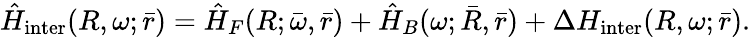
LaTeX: \hat{H}_{\mathrm{inter}}(R,\omega;\bar{r})=\hat{H}_{F}(R;\bar{\omega},\bar{r})+\hat{H}_{B}(\omega;\bar{R},\bar{r})+\Delta H_{\mathrm{inter}}(R,\omega;\bar{r}).